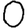
Digit: 0